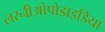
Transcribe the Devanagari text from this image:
लरनीओपोडाइडिया